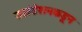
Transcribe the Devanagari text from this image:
फाउंडेशनकडून